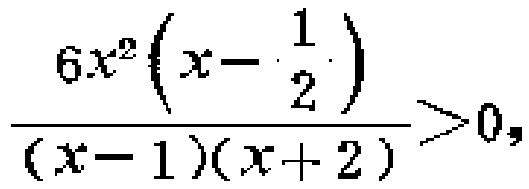
\(\frac{6x^{2}\left(x - \frac{1}{2}\right)}{(x - 1)(x + 2)}>0\)